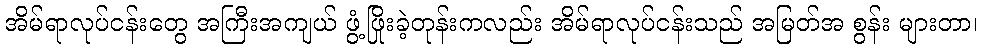
အိမ်ရာလုပ်ငန်းတွေ အကြီးအကျယ် ဖွံ့ဖြိုးခဲ့တုန်းကလည်း အိမ်ရာလုပ်ငန်းသည် အမြတ်အ စွန်း များတာ၊